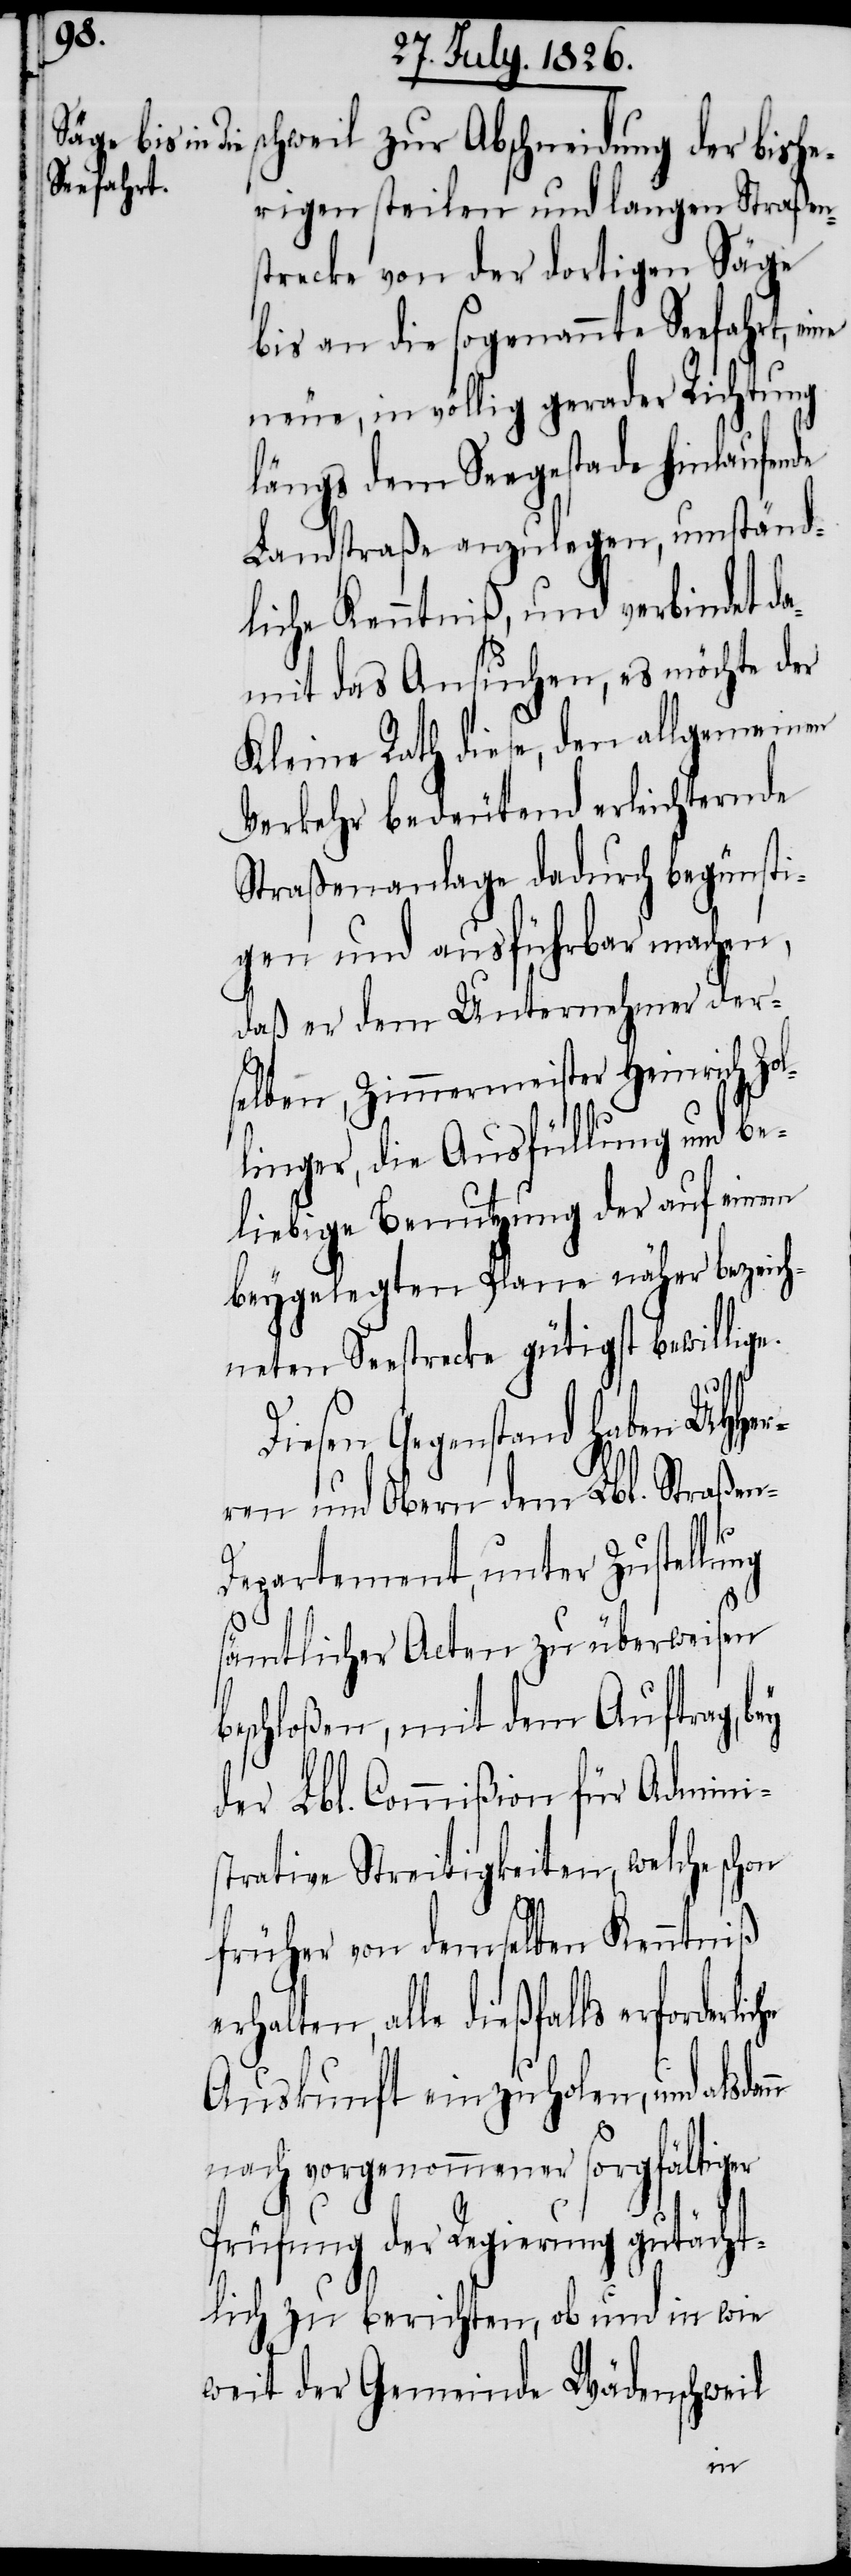
schweil zur Abschneidung der bishe¬
rigen steilen und langen Straßens¬
trecke von der dortigen Säge
bis an die sogenannte Seefahrt, e¬
neue, in völlig gerader Richtung
längs dem Seegestade hinlaufende
Landstraße anzulegen, umständ¬
liche Kenntniß, und verbindet da¬
mit das Ansuchen, es möchte der
Kleine Rath diese, den allgemeinen
Verkehr bedeutend erleichternde
Straßenanlage dadurch begünsti¬
gen und ausführbar machen,
daß er dem Unternehmer der¬
selben, Zimmermeister Heinrich Zol¬
linger, die Ausfüllung und be¬
liebige Benutzung der auf einen
beygelegten Plane näher bezeich¬
neten Seestrecke gütigst bewillige.
iesen Gegenstand haben MHHer¬
ren und Obern dem Lbl. Straße¬
b¬
n-Departement, unter Zustellung
sämtlicher Acten zu überweisen
eschloßen, mit dem Auftrag, bey
der Lbl. Commißion für Admini¬
strative Streitigkeiten, welche schon
früher von demselben Kenntniß
erhalten, alle dießfalls
Auskunft einzuholen, und alsda¬
nach vorgenommener sorgfältiger
Prüfung der Regierung gutächt¬
lich zu berichten, ob und in wie
weit der Gemeinde Wädenschweil
nn